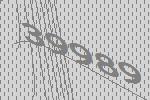
39989